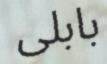
بابلى